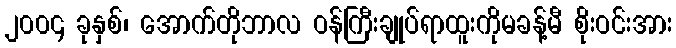
၂၀၀၄ ခုနှစ်၊ အောက်တိုဘာလ ဝန်ကြီးချုပ်ရာထူးကိုမခန့်မီ စိုးဝင်းအား